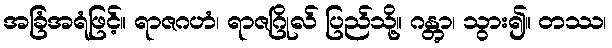
အခြံအရံဖြင့်။ ရာဇဂဟံ၊ ရာဇဂြိုလ် ပြည်သို့။ ဂန္တွာ၊ သွား၍။ တဿ၊